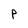
Character: P